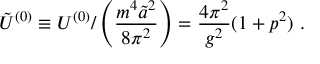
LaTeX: { \tilde { \cal U } } ^ { ( 0 ) } \equiv { \cal U } ^ { ( 0 ) } / \left( \frac { m ^ { 4 } { \tilde { a } } ^ { 2 } } { 8 \pi ^ { 2 } } \right) = \frac { 4 \pi ^ { 2 } } { g ^ { 2 } } ( 1 + p ^ { 2 } ) \ .